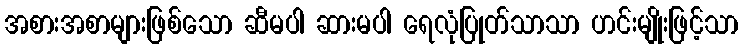
အစားအစာများဖြစ်သော ဆီမပါ ဆားမပါ ရေလုံပြုတ်သာသာ ဟင်းမျိုးဖြင့်သာ